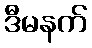
ဒီမနက်